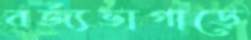
বর্জ্যভাগাড়ে